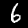
Digit: 6